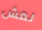
نعش